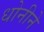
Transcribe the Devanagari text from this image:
धोनीने